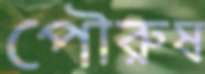
পৌরুষ